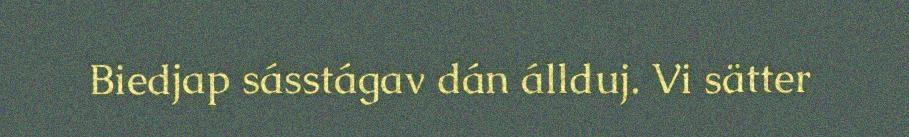
Biedjap sásstágav dán állduj. Vi sätter